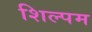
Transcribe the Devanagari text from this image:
शिल्पम